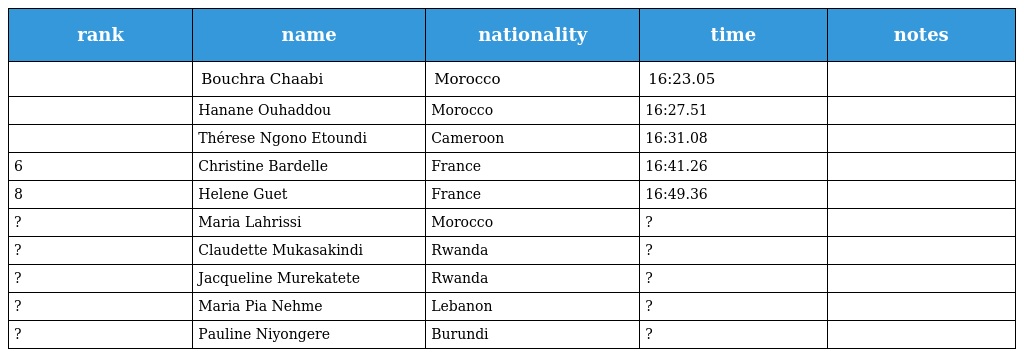
| rank | name | nationality | time | notes |
 | --- | --- | --- | --- | --- |
 |  | Bouchra Chaabi | Morocco | 16:23.05 |  |
 |  | Hanane Ouhaddou | Morocco | 16:27.51 |  |
 |  | Thérese Ngono Etoundi | Cameroon | 16:31.08 |  |
 | 6 | Christine Bardelle | France | 16:41.26 |  |
 | 8 | Helene Guet | France | 16:49.36 |  |
 | ? | Maria Lahrissi | Morocco | ? |  |
 | ? | Claudette Mukasakindi | Rwanda | ? |  |
 | ? | Jacqueline Murekatete | Rwanda | ? |  |
 | ? | Maria Pia Nehme | Lebanon | ? |  |
 | ? | Pauline Niyongere | Burundi | ? |  |